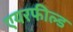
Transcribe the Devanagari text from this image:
एयरफील्‍ड